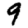
Digit: 9